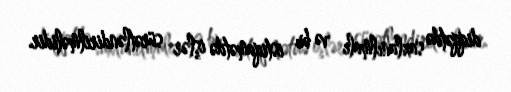
diqqətdə saxlanılmalı və bu istiqamətdə işlər sürətləndirilməlidir.